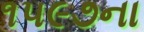
૧૫૯૭ના